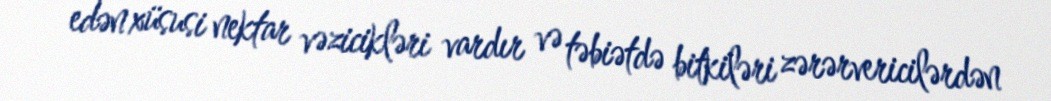
edən xüsusi nektar vəzicikləri vardır və təbiətdə bitkiləri zərərvericilərdən